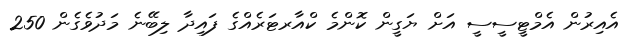
އެއިރުން އެމްޓީސީސީ އަށް ޔަގީން ކޮންމެ ކްއާރޓަރެއްގެ ފައިދާ ލިބޭނެ މަދުވެގެން 250